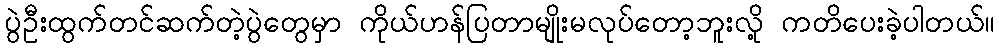
ပွဲဦးထွက်တင်ဆက်တဲ့ပွဲတွေမှာ ကိုယ်ဟန်ပြတာမျိုးမလုပ်တော့ဘူးလို့ ကတိပေးခဲ့ပါတယ်။